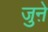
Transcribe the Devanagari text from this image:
जुऩे